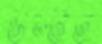
উল্‌টত